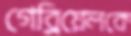
গেব্রিয়েলকে